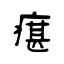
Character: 瘎